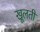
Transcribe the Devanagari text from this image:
खूलती